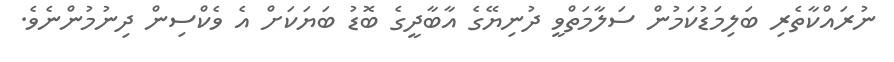
ނުރައްކާތެރި ބަލިމަޑުކަމުން ސަލާމަތްވީ ދުނިޔޭގެ އާބާދީގެ ބޮޑު ބަޔަކަށް އެ ވެކްސިން ދިނުމުންނެވެ.